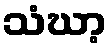
သံဃာ့